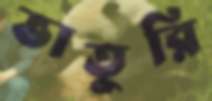
ভাতুরি